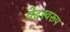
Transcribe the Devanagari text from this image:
वेदस्वरूप